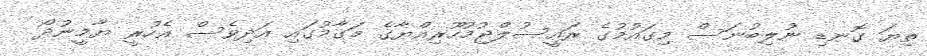
ތިޔަ ގޮނޑި ނުލިބުނަސް މިގައުމުގެ ރައީސުލްޖުމުހޫރިއްޔާގެ މަގާމުގައި އަދިވެސް އެހުރީ ޔާމީނުދޯ